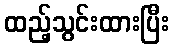
ထည့်သွင်းထားပြီး